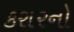
કરારનો